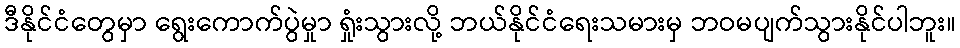
ဒီနိုင်ငံတွေမှာ ရွေးကောက်ပွဲမှုာ ရှုံးသွားလို့ ဘယ်နိုင်ငံရေးသမားမှ ဘဝမပျက်သွားနိုင်ပါဘူး။